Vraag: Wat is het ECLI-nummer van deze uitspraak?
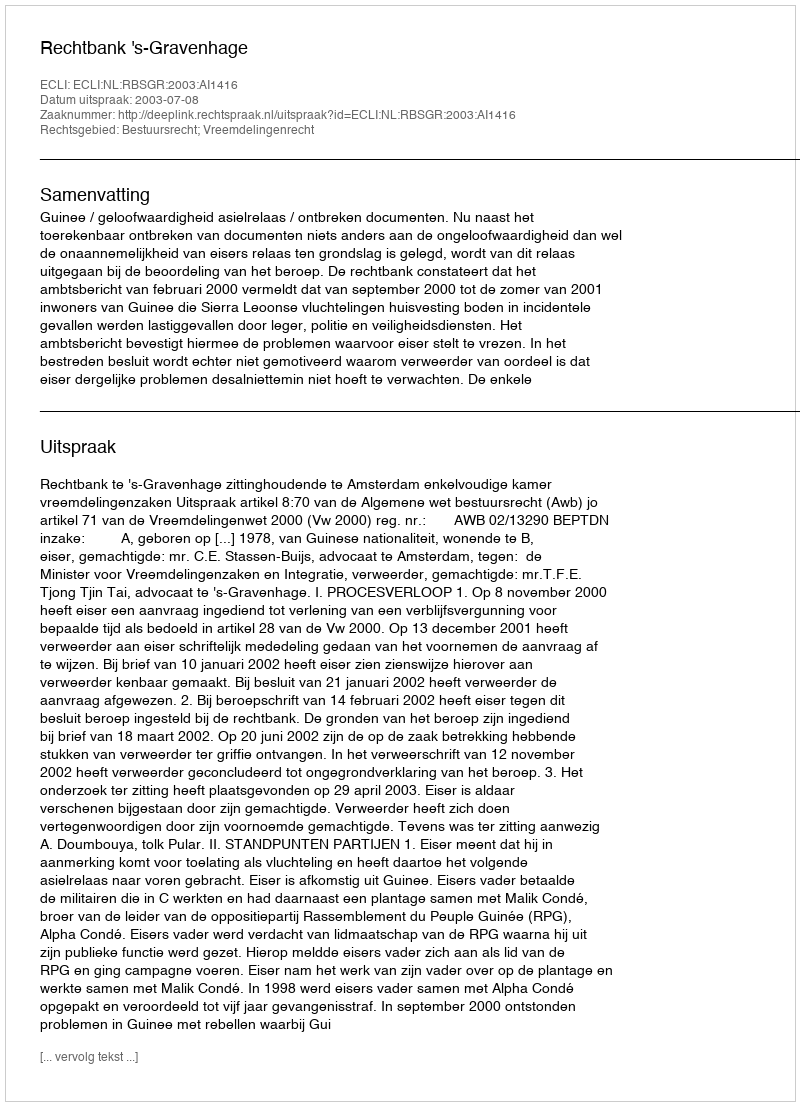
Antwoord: ECLI:NL:RBSGR:2003:AI1416